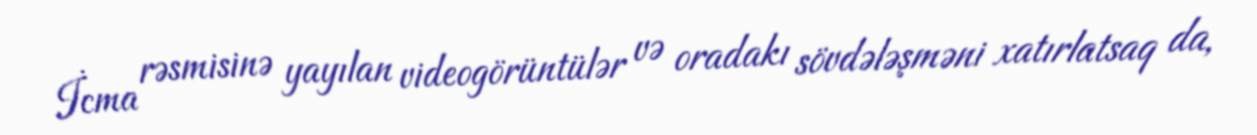
İcma rəsmisinə yayılan videogörüntülər və oradakı sövdələşməni xatırlatsaq da,